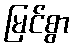
မြင်စွာ